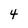
Character: 4